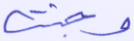
وجنت